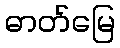
ဓာတ်မြေ